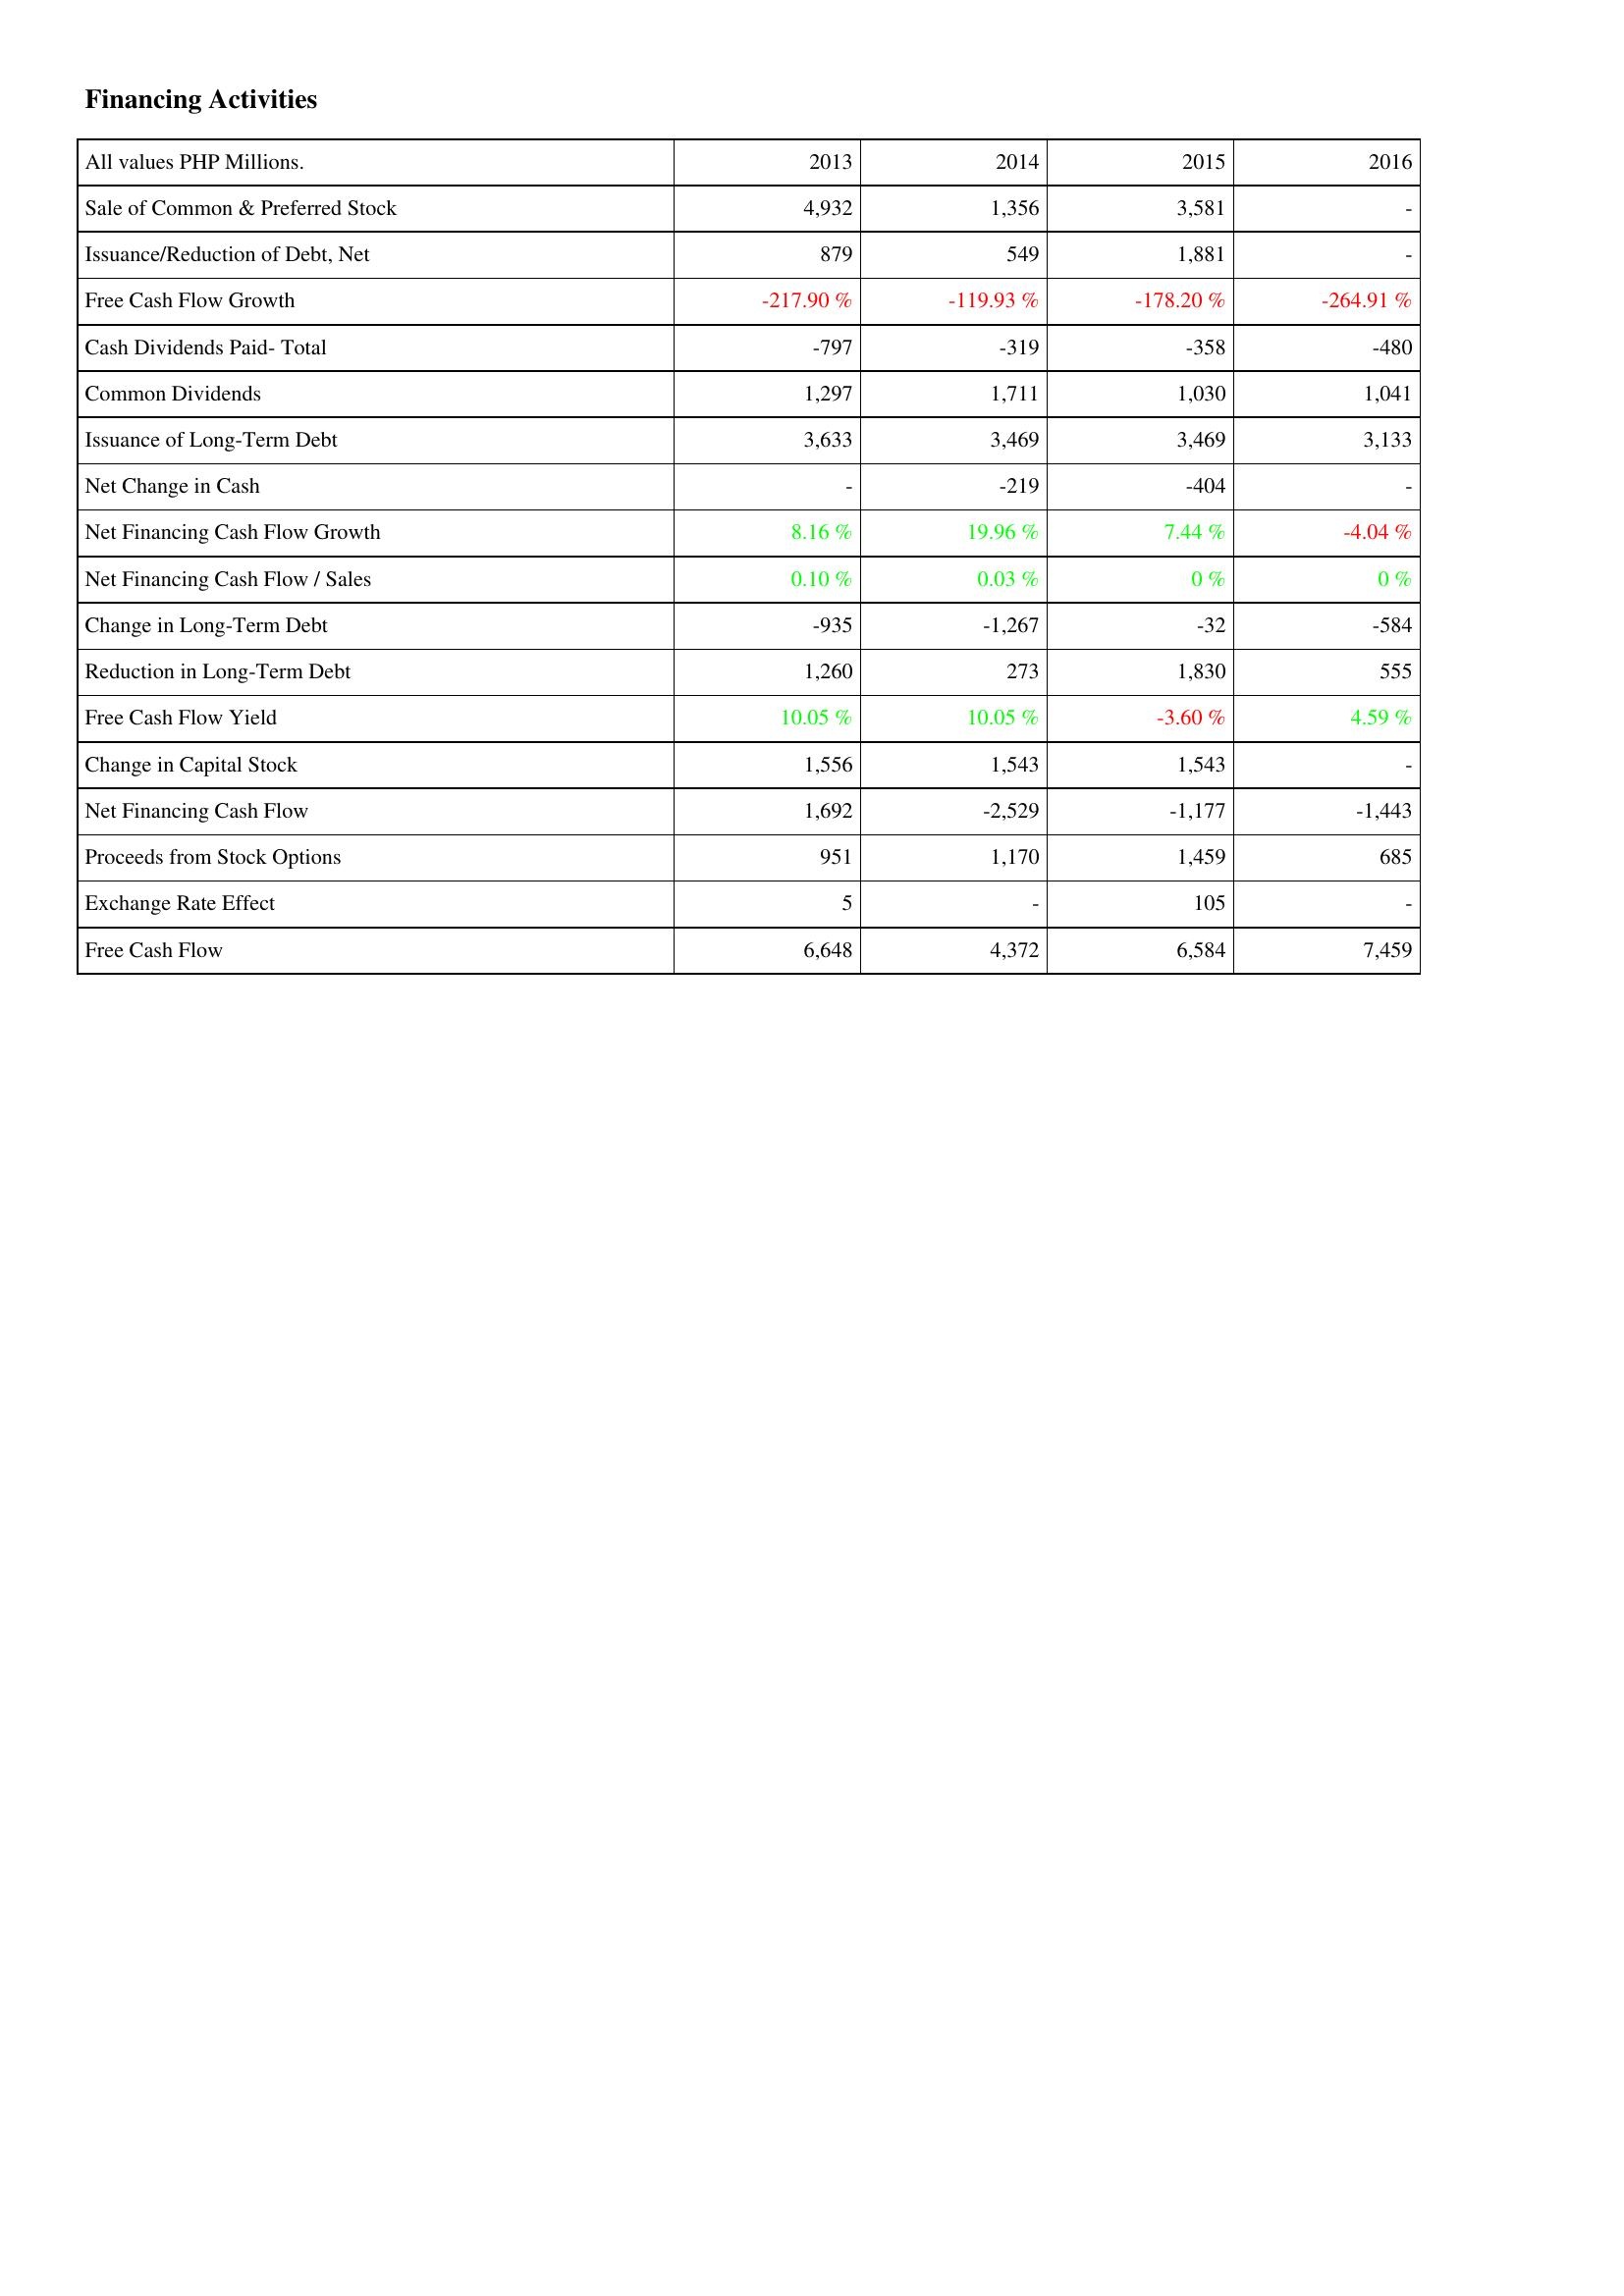
2013: Financing Activities: Sale of Common & Preferred Stock: 4,932
Issuance/Reduction of Debt, Net: 879
Free Cash Flow Growth: -217.90 %
Cash Dividends Paid- Total: -797
Common Dividends: 1,297
Issuance of Long-Term Debt: 3,633
Net Change in Cash: -
Net Financing Cash Flow Growth: 8.16 %
Net Financing Cash Flow / Sales: 0.10 %
Change in Long-Term Debt: -935
Reduction in Long-Term Debt: 1,260
Free Cash Flow Yield: 10.05 %
Change in Capital Stock: 1,556
Net Financing Cash Flow: 1,692
Proceeds from Stock Options: 951
Exchange Rate Effect: 5
Free Cash Flow: 6,648
2014: Financing Activities: Sale of Common & Preferred Stock: 1,356
Issuance/Reduction of Debt, Net: 549
Free Cash Flow Growth: -119.93 %
Cash Dividends Paid- Total: -319
Common Dividends: 1,711
Issuance of Long-Term Debt: 3,469
Net Change in Cash: -219
Net Financing Cash Flow Growth: 19.96 %
Net Financing Cash Flow / Sales: 0.03 %
Change in Long-Term Debt: -1,267
Reduction in Long-Term Debt: 273
Free Cash Flow Yield: 10.05 %
Change in Capital Stock: 1,543
Net Financing Cash Flow: -2,529
Proceeds from Stock Options: 1,170
Exchange Rate Effect: -
Free Cash Flow: 4,372
2015: Financing Activities: Sale of Common & Preferred Stock: 3,581
Issuance/Reduction of Debt, Net: 1,881
Free Cash Flow Growth: -178.20 %
Cash Dividends Paid- Total: -358
Common Dividends: 1,030
Issuance of Long-Term Debt: 3,469
Net Change in Cash: -404
Net Financing Cash Flow Growth: 7.44 %
Net Financing Cash Flow / Sales: 0 %
Change in Long-Term Debt: -32
Reduction in Long-Term Debt: 1,830
Free Cash Flow Yield: -3.60 %
Change in Capital Stock: 1,543
Net Financing Cash Flow: -1,177
Proceeds from Stock Options: 1,459
Exchange Rate Effect: 105
Free Cash Flow: 6,584
2016: Financing Activities: Sale of Common & Preferred Stock: -
Issuance/Reduction of Debt, Net: -
Free Cash Flow Growth: -264.91 %
Cash Dividends Paid- Total: -480
Common Dividends: 1,041
Issuance of Long-Term Debt: 3,133
Net Change in Cash: -
Net Financing Cash Flow Growth: -4.04 %
Net Financing Cash Flow / Sales: 0 %
Change in Long-Term Debt: -584
Reduction in Long-Term Debt: 555
Free Cash Flow Yield: 4.59 %
Change in Capital Stock: -
Net Financing Cash Flow: -1,443
Proceeds from Stock Options: 685
Exchange Rate Effect: -
Free Cash Flow: 7,459